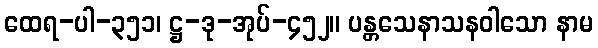
ထေရ-ပါ-၃၅၁၊ ဋ္ဌ-ဒု-အုပ်-၄၅၂။ ပန္တသေနာသနဝါသော နာမ